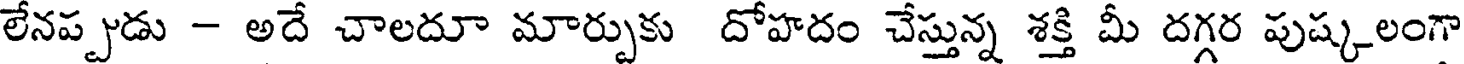
లేనప్పుడు - అదే చాలదూ మార్పుకు దోహదం చేస్తున్న శక్తి మీ దగ్గర పుష్కలంగా